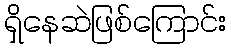
ရှိနေဆဲဖြစ်ကြောင်း